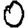
Digit: 0